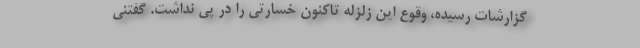
گزارشات رسیده، وقوع این زلزله تاکنون خسارتی را در پی نداشت. گفتنی